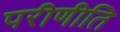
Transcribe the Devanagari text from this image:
परीणीति